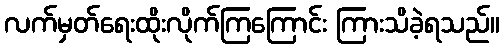
လက်မှတ်ရေးထိုးလိုက်ကြကြောင်း ကြားသိခဲ့ရသည်။